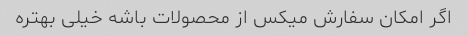
اگر امکان سفارش میکس از محصولات باشه خیلی بهتره